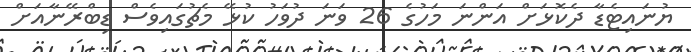
ޔުނައިޓެޑާ ދެކޮޅަށް އަންނަ މަހުގެ 26 ވަނަ ދުވަހު ކުޅޭ މެޗުގައިވެސް ޑިބްރޭނާއަށް